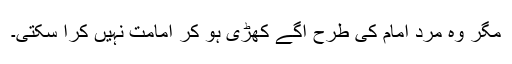
مگر وہ مرد امام کی طرح آگے کھڑی ہو کر امامت نہیں کرا سکتی۔